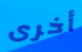
أخرى